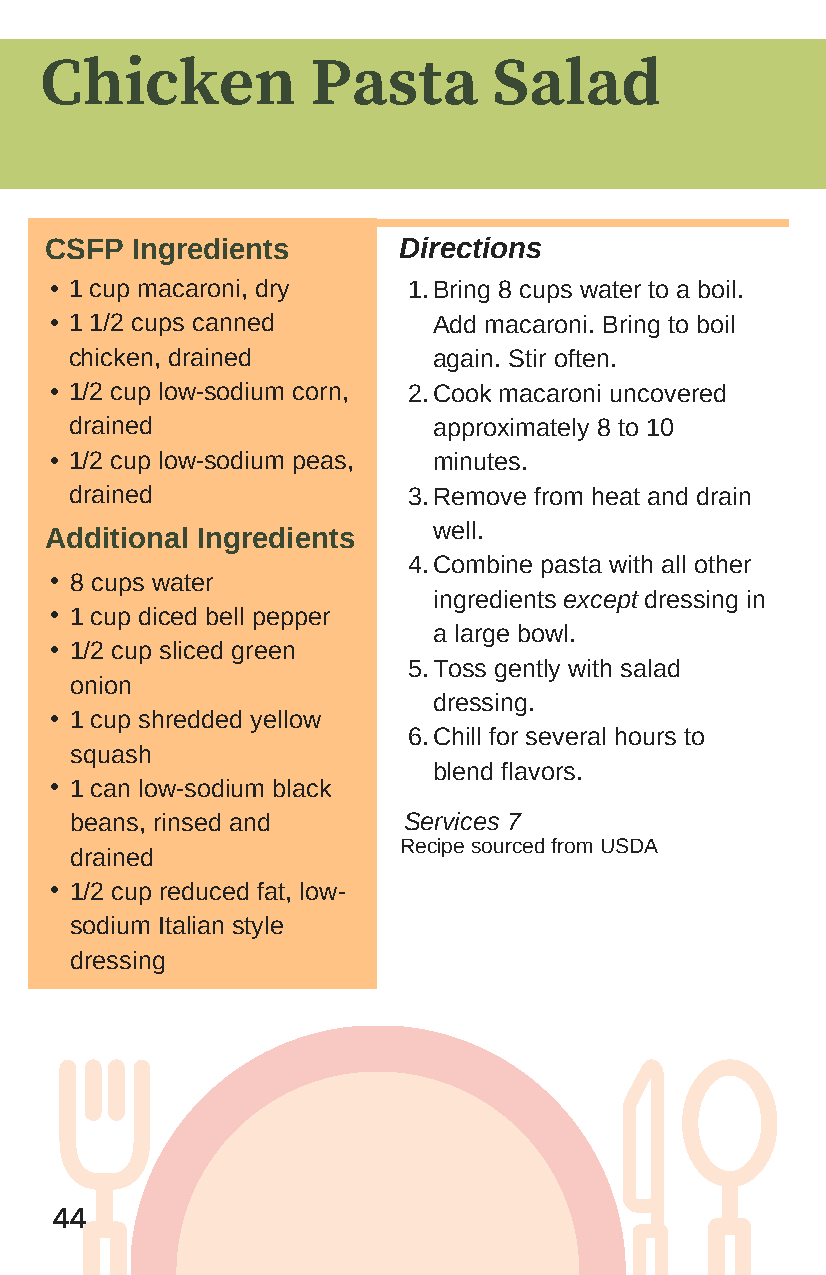
Chicken           Pasta       Salad
 CSFP  Ingredients      Directions
 • 1 cup macaroni, dry   1. Bring 8 cups water to a boil.
 • 1 1/2 cups canned       Add macaroni. Bring to boil
 chicken, drained        again. Stir often.
 • 1/2 cup low-sodium corn, 2. Cook macaroni uncovered
 drained                 approximately 8 to 10
 • 1/2 cup low-sodium peas, minutes.
 drained               3. Remove from heat and drain
 Additional Ingredients    well.
 4. Combine pasta with all other
 • 8 cups water
 ingredients except dressing in
 • 1 cup diced bell pepper
 a large bowl.
 • 1/2 cup sliced green
 5. Toss gently with salad
 onion
 dressing.
 • 1 cup shredded yellow
 6.Chill for several hours to
 squash
 blend flavors.
 • 1 can low-sodium black
 beans, rinsed and     Services 7
 Recipe sourced from USDA
 drained
 • 1/2 cup reduced fat, low-
 sodium Italian style
 dressing
 44